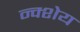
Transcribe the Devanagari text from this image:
न्क्शेय